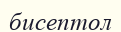
бисептол